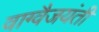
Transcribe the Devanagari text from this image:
वाग्वैजयंती